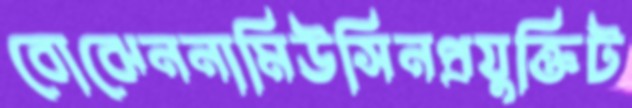
বোঝেননামিউসিনপ্রযুক্তিট